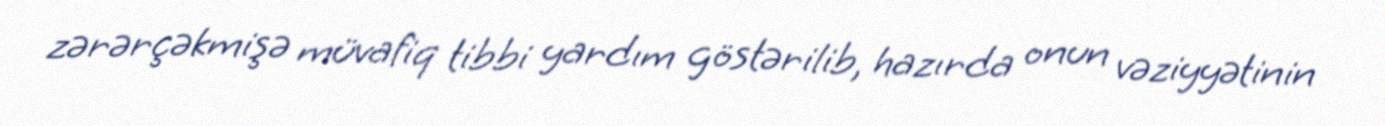
zərərçəkmişə müvafiq tibbi yardım göstərilib, hazırda onun vəziyyətinin